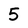
Character: 5